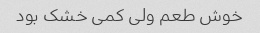
خوش طعم ولی کمی خشک بود